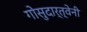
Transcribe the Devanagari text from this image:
गोसुदार्त्वेनी